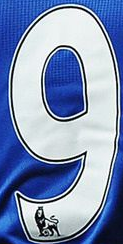
9